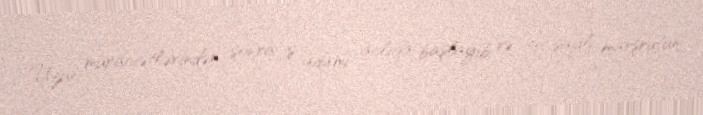
Uzun müraciətlərindən sonra iş adamı aclığa başlayıb və 501 saylı marşrutun